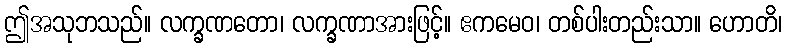
ဤအသုဘသည်။ လက္ခဏတော၊ လက္ခဏာအားဖြင့်။ ဧကမေဝ၊ တစ်ပါးတည်းသာ။ ဟောတိ၊